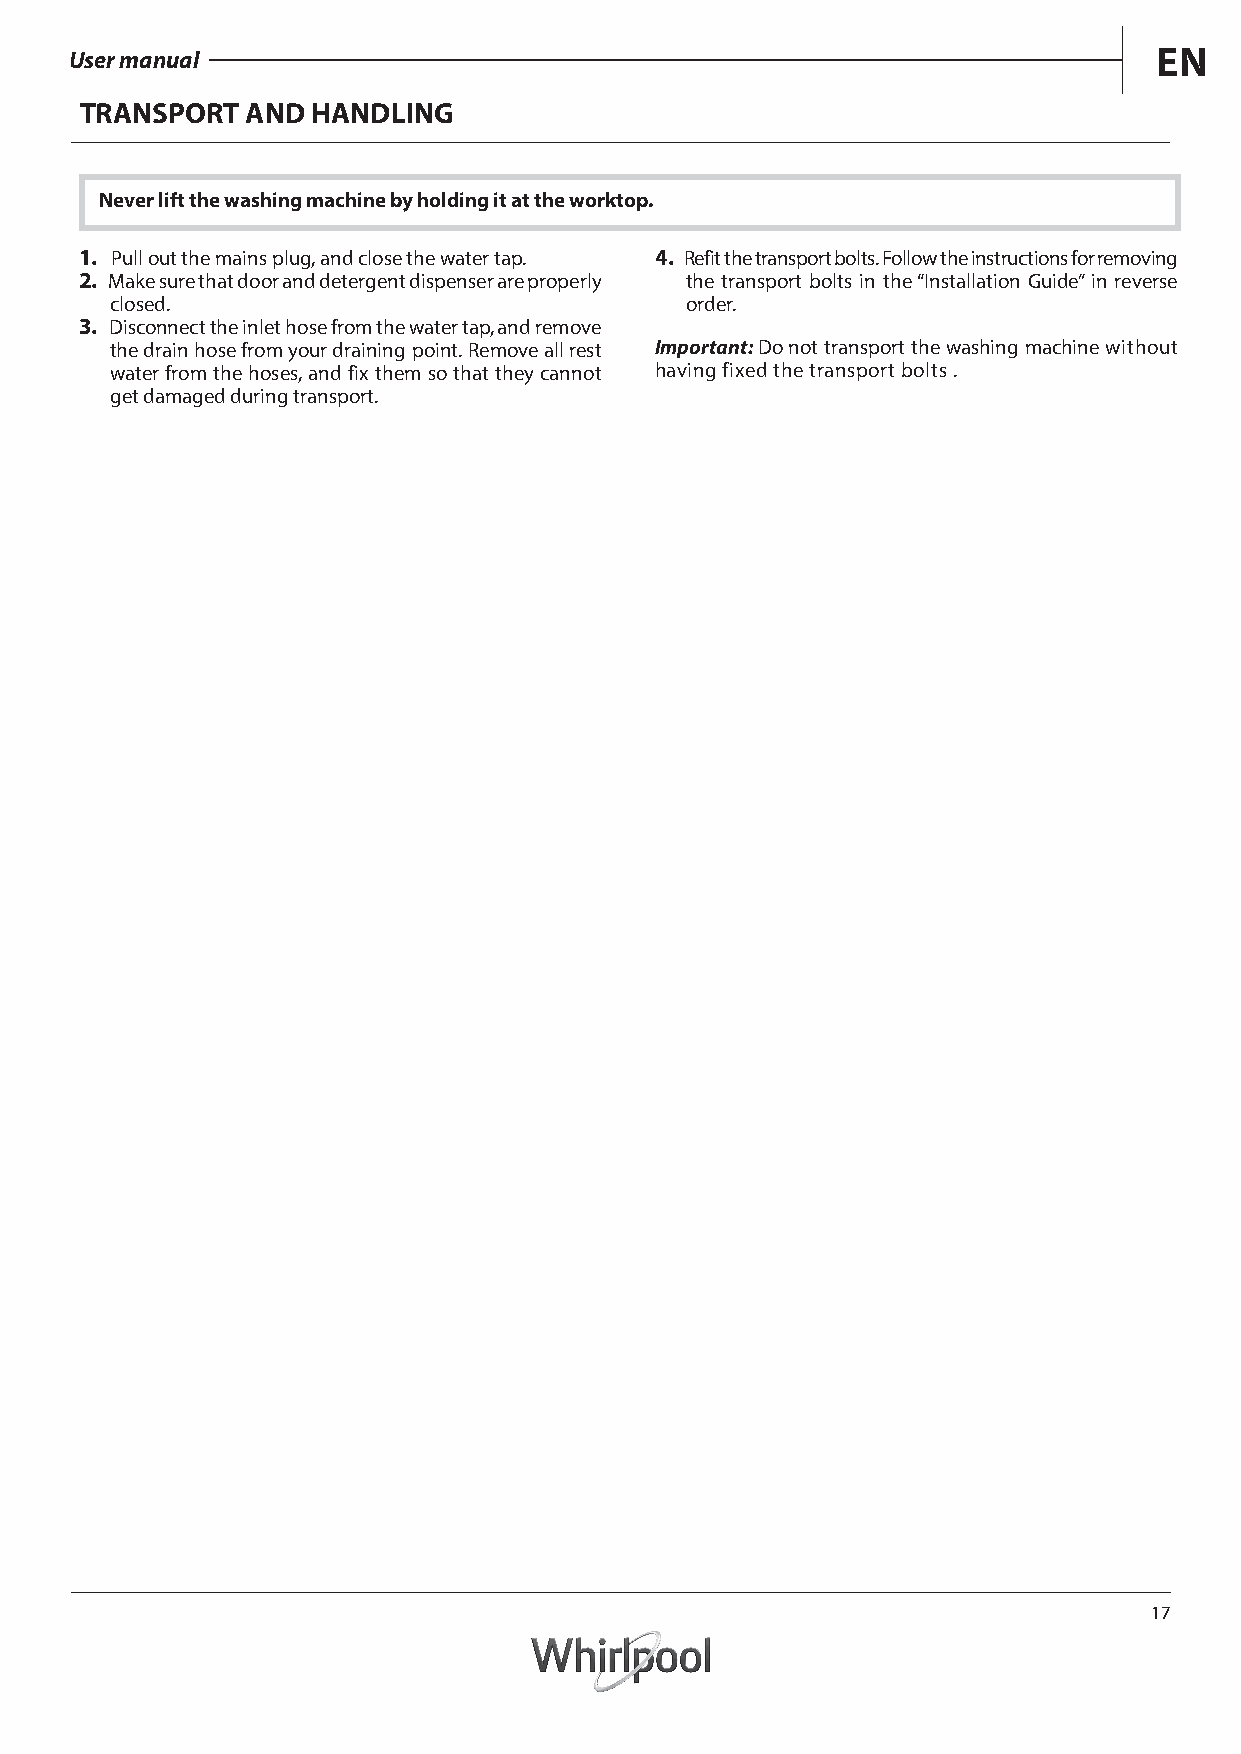
User manual                                                             EN
 TRANSPORT  AND  HANDLING
 Never lift the washing machine by holding it at the worktop.
 1. Pull out the mains plug, and close the water tap. 4. Refitthe transport bolts. Follow the instructions for removing
 2. Make sure that door and detergent dispenser are properly the transport bolts in the “Installation Guide” in reverse
 closed.                               order.
 3. Disconnect the inlet hose from the water tap, and remove
 the drain hose from your draining point. Remove all rest Important: Do not transport the washing machine without
 water from the hoses, and fixthem so that they cannot having fixed the transport bolts .
 get damaged during transport.
 17